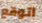
اتوقع